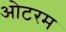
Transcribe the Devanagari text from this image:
ओटरम